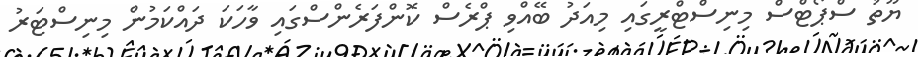
ޔޫތު ސްޕޯޓްސް މިނިސްޓްރީގައި މިއަދު ބޭއްވި ޕްރެސް ކޮންފަރެންސްގައި ވާހަކަ ދައްކަމުން މިނިސްޓަރު